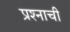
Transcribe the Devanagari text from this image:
प्रश्‍नाची